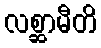
လစ္ဆာမီတိ